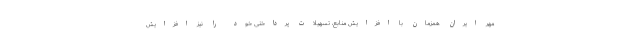
مهر ایران همزمان با افزایش منابع، تسهیلات پرداختی خود را نیز افزایش